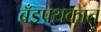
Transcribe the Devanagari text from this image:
बँडपथकात